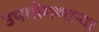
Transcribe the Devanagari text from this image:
उपभोगणार्‍या